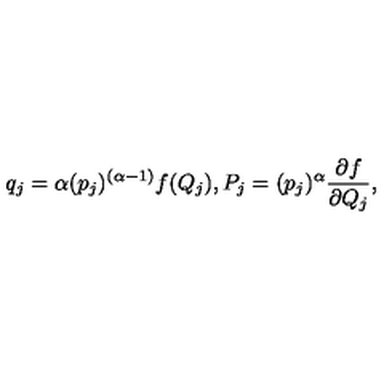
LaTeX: q _ { j } = \alpha ( { p _ { j } } ) ^ { ( \alpha - 1 ) } f ( Q _ { j } ) , P _ { j } = ( { p _ { j } } ) ^ { \alpha } \frac { \partial f } { \partial Q _ { j } } ,